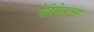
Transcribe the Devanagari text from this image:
पेरिफेरल्स